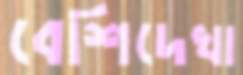
বেশিদেখা